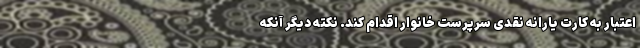
اعتبار به کارت یارانه نقدی سرپرست خانوار اقدام کند. نکته دیگر آنکه